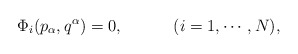
\begin{align*}\Phi_i (p_\alpha , q^\alpha ) = 0 , \hspace{.5in} (i= 1, \cdots,N),\end{align*}